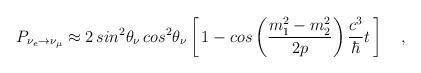
LaTeX: \begin{align*}P_{\nu_e \rightarrow \nu_\mu} \approx 2\, sin^2\theta_\nu \,cos^2\theta_\nu \left [\, 1 -cos \left (\frac{m_1^2-m_2^2}{2p}\right ) \frac{c^3}{\hbar} t \, \right ]\quad,\end{align*}